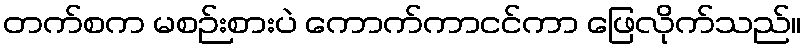
တက်စက မစဉ်းစားပဲ ကောက်ကာငင်ကာ ဖြေလိုက်သည်။